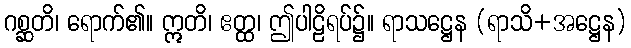
ဂစ္ဆတိ၊ ရောက်၏။ ဣတိ၊ ဧတ္ထ၊ ဤပါဠိရပ်၌။ ရာသဋ္ဌေန (ရာသိ+အဋ္ဌေန)